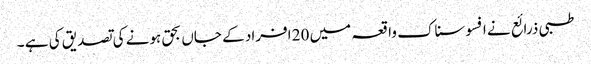
طبی ذرائع نے افسوسناک واقعہ میں 20 افراد کے جاں بحق ہونے کی تصدیق کی ہے ۔